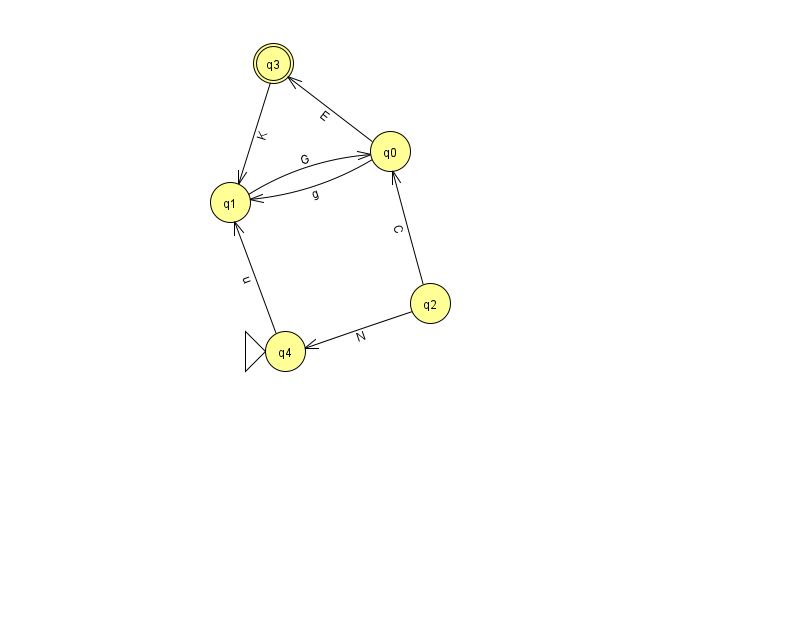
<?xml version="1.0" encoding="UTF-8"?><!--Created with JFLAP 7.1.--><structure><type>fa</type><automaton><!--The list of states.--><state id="0" name="q0"><x>390.0</x><y>138.0</y></state><state id="1" name="q1"><x>230.0</x><y>189.0</y></state><state id="2" name="q2"><x>430.0</x><y>290.0</y></state><state id="3" name="q3"><x>273.0</x><y>50.0</y><final/></state><state id="4" name="q4"><x>285.0</x><y>338.0</y><initial/></state><!--The list of transitions.--><transition><from>0</from><to>1</to><read>g</read></transition><transition><from>1</from><to>0</to><read>G</read></transition><transition><from>2</from><to>0</to><read>C</read></transition><transition><from>3</from><to>1</to><read>K</read></transition><transition><from>4</from><to>1</to><read>u</read></transition><transition><from>0</from><to>3</to><read>E</read></transition><transition><from>2</from><to>4</to><read>N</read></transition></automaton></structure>